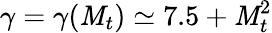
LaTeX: \gamma=\gamma(\mathit{M}_{t})\simeq7.5+\mathit{M}_{t}^{2}